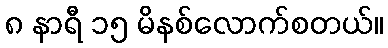
၈ နာရီ ၁၅ မိနစ်လောက်စတယ်။